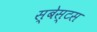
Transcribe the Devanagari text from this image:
स्बेस्टस